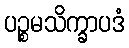
ပဉ္စမသိက္ခာပဒံ